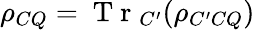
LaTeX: \rho_{CQ}=\mathrm{~T~r~}_{C^{\prime}}(\rho_{C^{\prime}CQ})